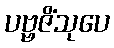
ပဗ္ဗဇိံသုပေ